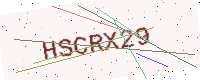
Text: HSCRX29